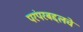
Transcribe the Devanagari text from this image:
परंपरबद्दलचे